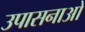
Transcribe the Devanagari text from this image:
उपासनाओ